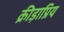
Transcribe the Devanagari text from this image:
क्रीड़ाप्रिय